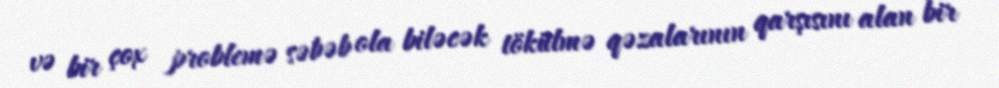
və bir çox problemə səbəb ola biləcək tökülmə qəzalarının qarşısını alan bir